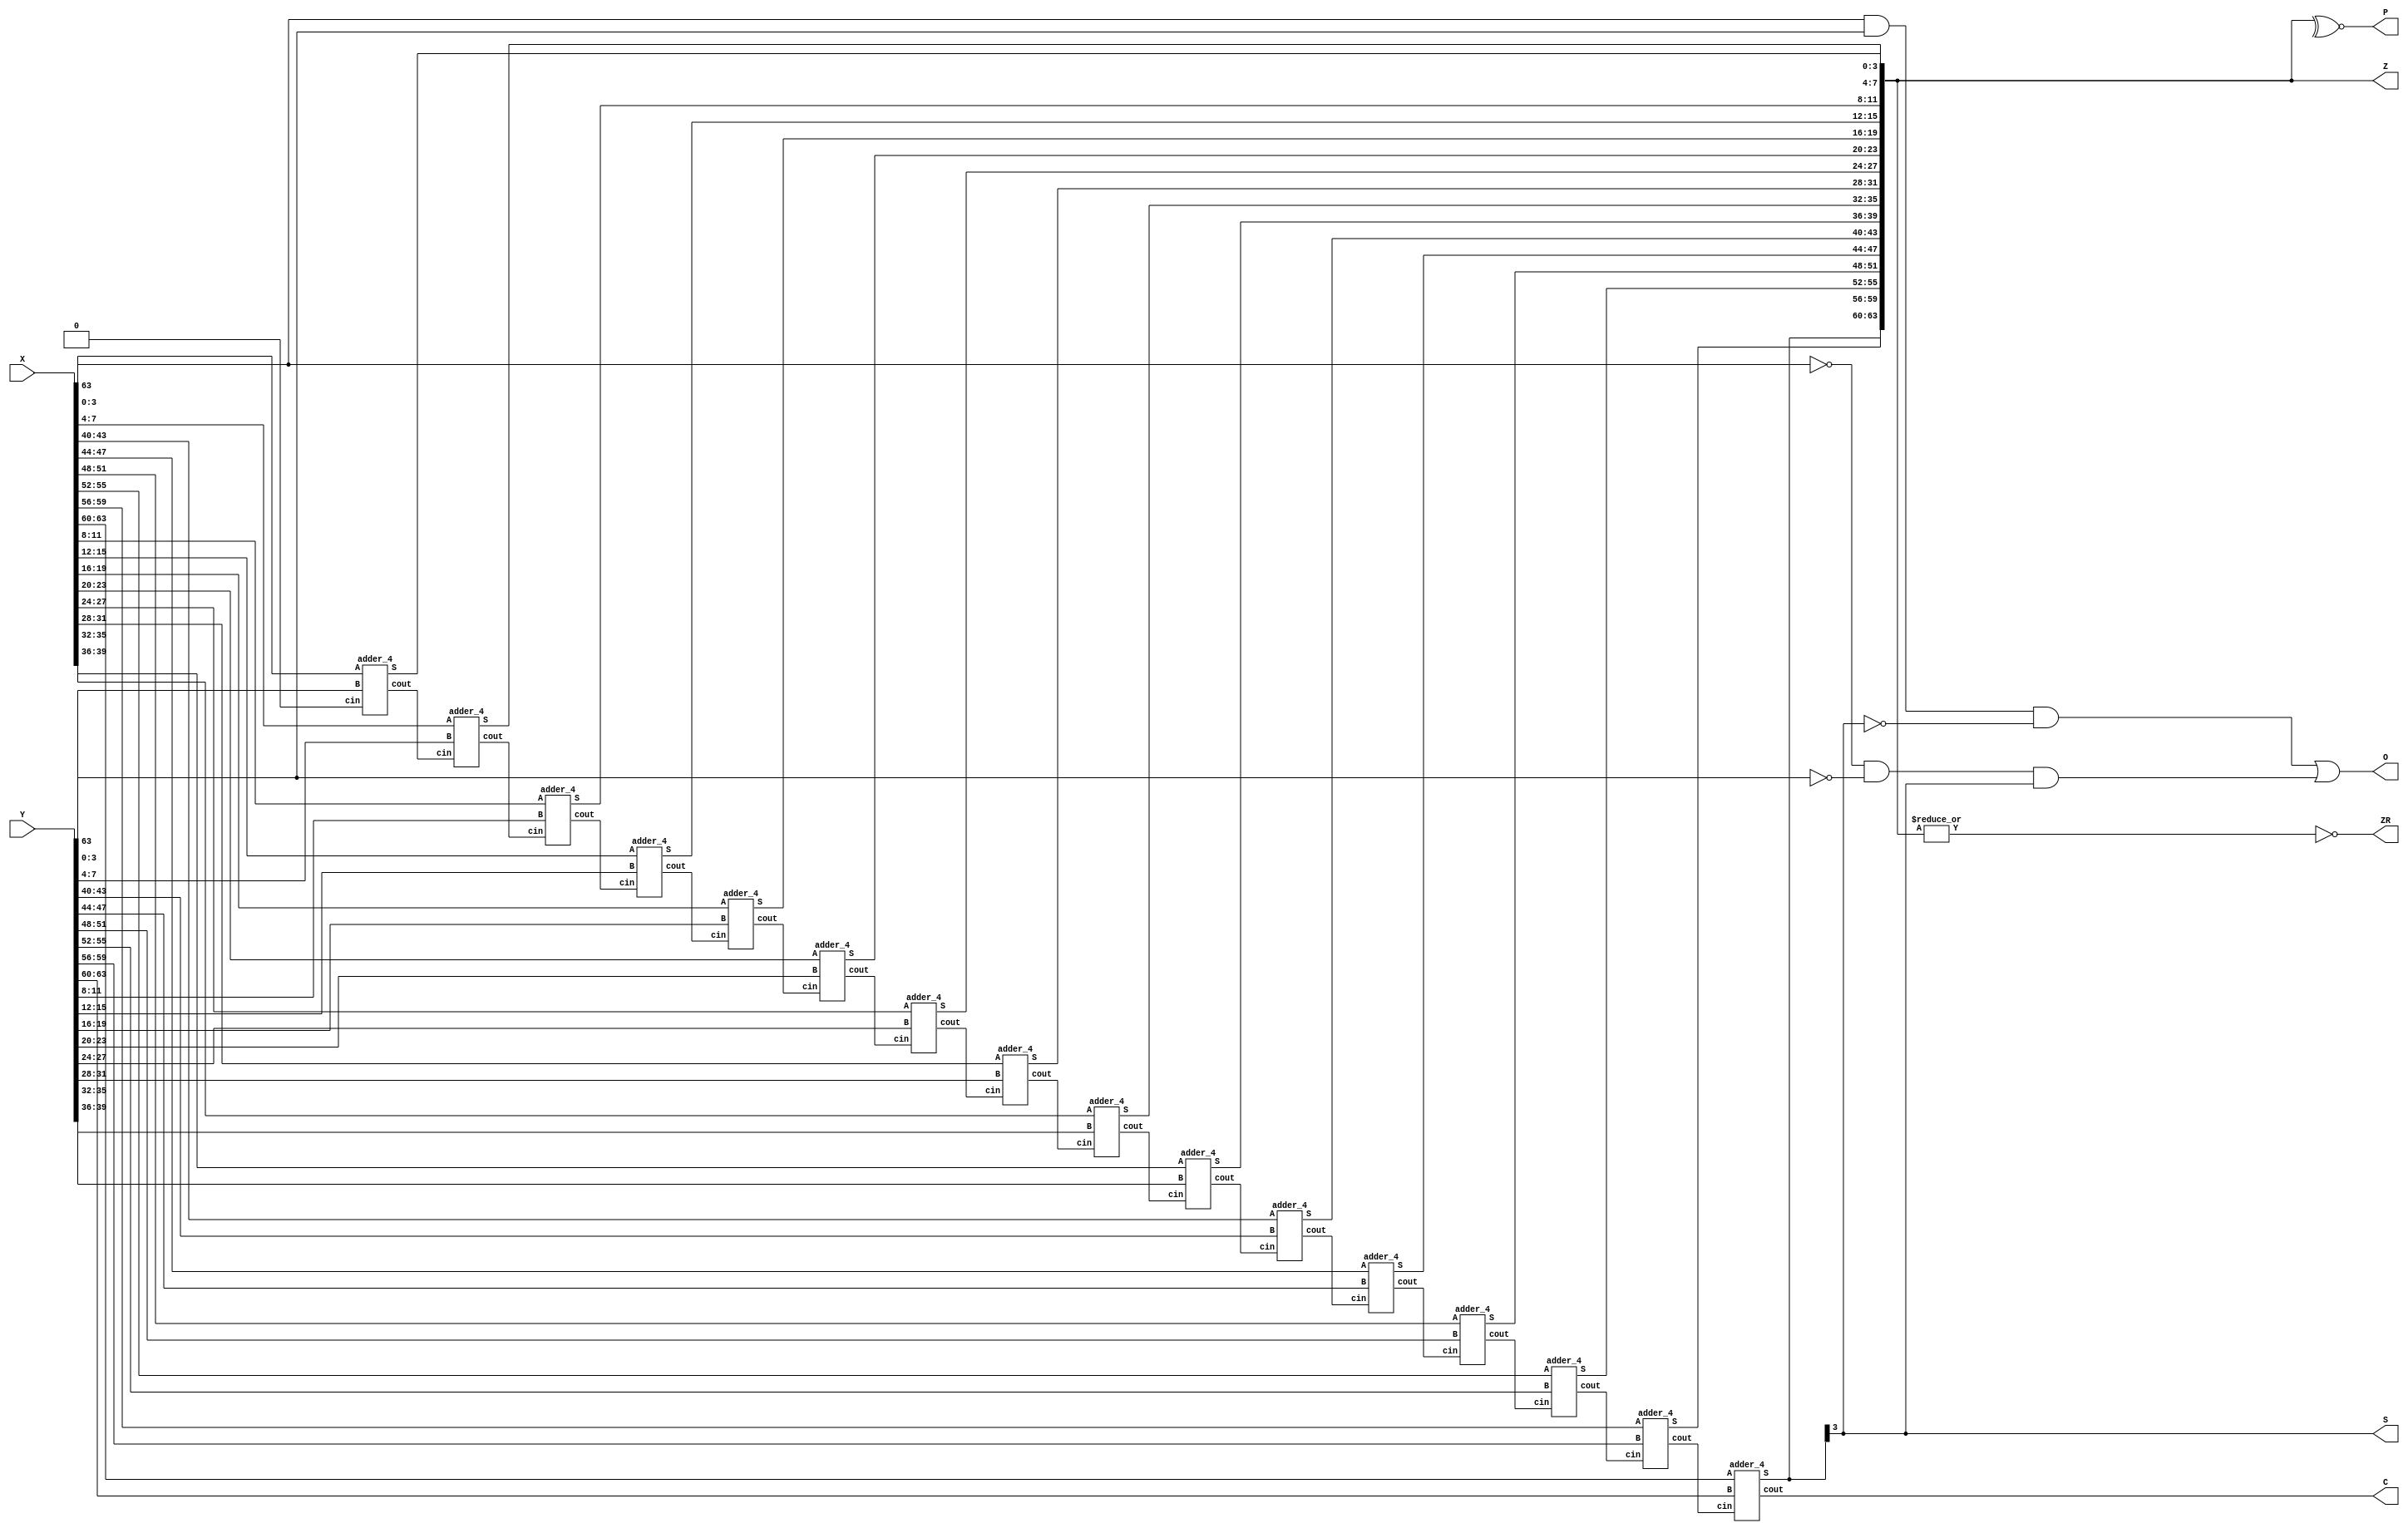
module CRA64 (X,Y,Z,S,ZR,C,P,O); //CarryRippleAdder
input[63:0] X,Y;
output[63:0] Z;
output S,C,ZR,P,O;
wire c[15:1];
assign S = Z[63];
assign ZR = ~|Z;
assign P = ~^Z;
assign O =(X[63]&Y[63]&~Z[63])|(~X[63]&~Y[63]&Z[63]);
adder_4 A0(Z[3:0],c[1],X[3:0],Y[3:0],1'b0);
adder_4 A1(Z[7:4],c[2],X[7:4],Y[7:4],c[1]);
adder_4 A2(Z[11:8],c[3],X[11:8],Y[11:8],c[2]);
adder_4 A3(Z[15:12],c[4],X[15:12],Y[15:12],c[3]);
adder_4 A4(Z[19:16],c[5],X[19:16],Y[19:16],c[4]);
adder_4 A5(Z[23:20],c[6],X[23:20],Y[23:20],c[5]);
adder_4 A6(Z[27:24],c[7],X[27:24],Y[27:24],c[6]);
adder_4 A7(Z[31:28],c[8],X[31:28],Y[31:28],c[7]);
adder_4 A8(Z[35:32],c[9],X[35:32],Y[35:32],c[8]);
adder_4 A9(Z[39:36],c[10],X[39:36],Y[39:36],c[9]);
adder_4 A10(Z[43:40],c[11],X[43:40],Y[43:40],c[10]);
adder_4 A11(Z[47:44],c[12],X[47:44],Y[47:44],c[11]);
adder_4 A12(Z[51:48],c[13],X[51:48],Y[51:48],c[12]);
adder_4 A13(Z[55:52],c[14],X[55:52],Y[55:52],c[13]);
adder_4 A14(Z[59:56],c[15],X[59:56],Y[59:56],c[14]);
adder_4 A15(Z[63:60],C,X[63:60],Y[63:60],c[15]);
endmodule

module adder_4 (S,cout,A,B,cin); //4-bit CarryRippleAdder
input[3:0] A,B;
input cin;
output cout;
output [3:0] S;
assign {cout,S} = A + B + cin;
endmodule